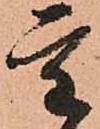
重